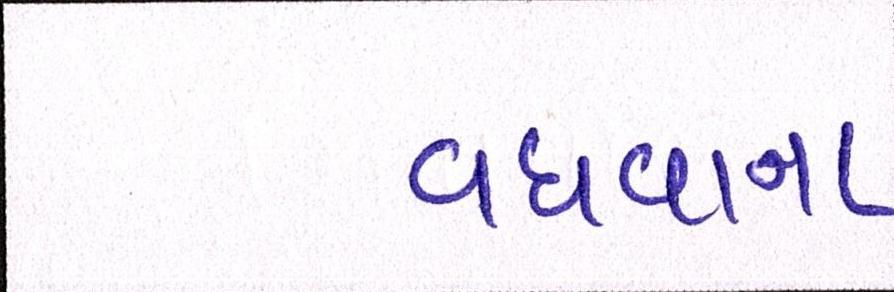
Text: વધવાના